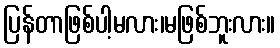
ပြန်တာဖြစ်ပါ့မလား၊မဖြစ်ဘူးလား။